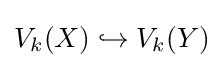
V_{k}(X)\hookrightarrow V_{k}(Y)